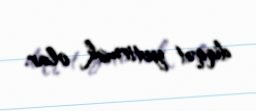
diqqət yetirmək olar.